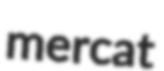
mercat